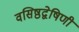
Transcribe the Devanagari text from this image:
वसिष्ठद्वेषिणी